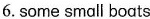
6.some small boats